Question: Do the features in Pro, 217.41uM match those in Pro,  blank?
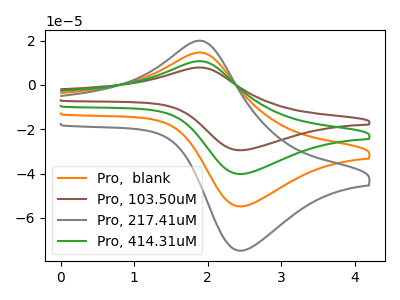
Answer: <think>The orange curve "Pro,  blank" has an anodic peak at (1.85V, 14.60uA) and a cathodic peak at (2.45V, -54.80uA). The brown curve "Pro, 103.50uM" has an anodic peak at (1.85V, 43.75uA) and a cathodic peak at (2.45V, -164.35uA). The gray curve "Pro, 217.41uM" has an anodic peak at (1.85V, 19.90uA) and a cathodic peak at (2.45V, -74.70uA). The green curve "Pro, 414.31uM" has an anodic peak at (1.85V, 29.20uA) and a cathodic peak at (2.45V, -109.55uA).
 All the peaks in "Pro, 217.41uM" have a peak in "Pro,  blank" at the same potential. Every peak in "Pro, 217.41uM" is higher than every peak in "Pro,  blank".</think>
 <answer>"Pro, 217.41uM" and "Pro,  blank" are similar in shape.</answer>
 <eval>same_shape</eval>